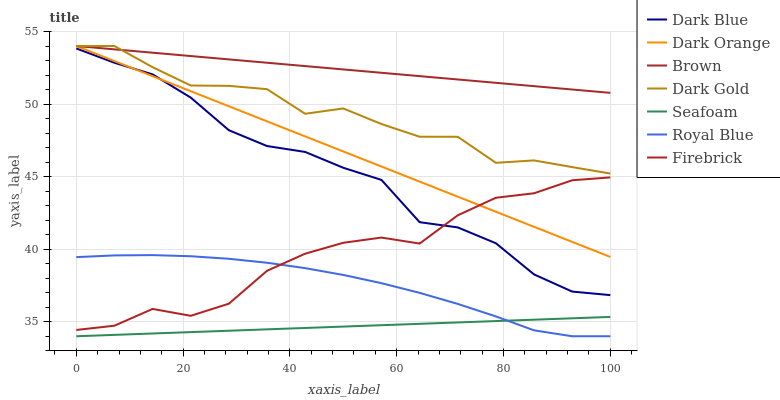
| xaxis_label | Dark Blue | Dark Orange | Brown | Dark Gold | Seafoam | Royal Blue | Firebrick |
 | --- | --- | --- | --- | --- | --- | --- | --- |
 | 0 | 53.8 | 54 | 54 | 54 | 34 | 39.5 | 34.4 |
 | 7.14 | 52.8 | 53 | 53.8 | 54 | 34.1 | 39.6 | 34.7 |
 | 14.3 | 52 | 51.9 | 53.5 | 52.5 | 34.2 | 39.6 | 35.9 |
 | 21.4 | 50.4 | 50.9 | 53.3 | 51.3 | 34.3 | 39.5 | 35.4 |
 | 28.6 | 48.2 | 49.8 | 53.1 | 51.3 | 34.4 | 39.3 | 36.2 |
 | 35.7 | 47.1 | 48.8 | 52.8 | 51 | 34.5 | 39.1 | 38.5 |
 | 42.9 | 46.7 | 47.8 | 52.6 | 49.3 | 34.6 | 38.7 | 39.7 |
 | 50 | 45.6 | 46.7 | 52.4 | 49.7 | 34.7 | 38.2 | 40.4 |
 | 57.1 | 44.8 | 45.7 | 52.2 | 48.6 | 34.8 | 37.7 | 40.8 |
 | 64.3 | 41.9 | 44.7 | 51.9 | 47.7 | 34.9 | 37 | 40.4 |
 | 71.4 | 41.5 | 43.6 | 51.7 | 47.7 | 35 | 36.2 | 42.3 |
 | 78.6 | 40.4 | 42.6 | 51.5 | 46 | 35 | 35.4 | 43.5 |
 | 85.7 | 38.3 | 41.5 | 51.2 | 46.1 | 35.1 | 34.4 | 43.9 |
 | 92.9 | 37.1 | 40.5 | 51 | 45.7 | 35.2 | 34 | 44.7 |
 | 100 | 36.8 | 39.5 | 50.8 | 45.2 | 35.3 | 34 | 44.9 |